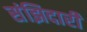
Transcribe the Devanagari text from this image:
संझिदारी